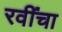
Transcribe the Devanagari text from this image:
रवींचा